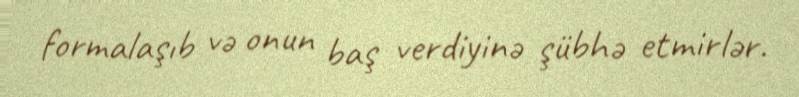
formalaşıb və onun baş verdiyinə şübhə etmirlər.